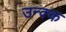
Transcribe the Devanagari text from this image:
उन्क्क